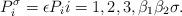
LaTeX: \begin{align*} P_{i}^{\sigma}=\epsilon P_{i} i=1,2,3, \beta_{1}\beta_{2}\sigma.\end{align*}